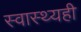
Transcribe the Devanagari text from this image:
स्वास्थ्यही